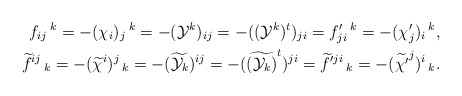
\begin{align*}f_{ij}\,^{k}=-(\chi_{i})_{j}\,^{k}=-(\mathcal{Y}^{k})_{ij}=-({(\mathcal{Y}^{k})^{t}})_{ji}=f'_{ji}\,^{k}=-(\chi'_{j})_{i}\,^{k},\\\widetilde{f}^{ij}\,_{k}=-(\widetilde{\chi}^{i})^{j}\,_{k}=-(\widetilde{\mathcal{Y}_{k}})^{ij}=-(\widetilde{(\mathcal{Y}_{k})}^{t})^{ji}=\widetilde{f}'^{ji}\,_{k}=-(\widetilde{\chi'}^{j})^{i}\,_{k}.\end{align*}